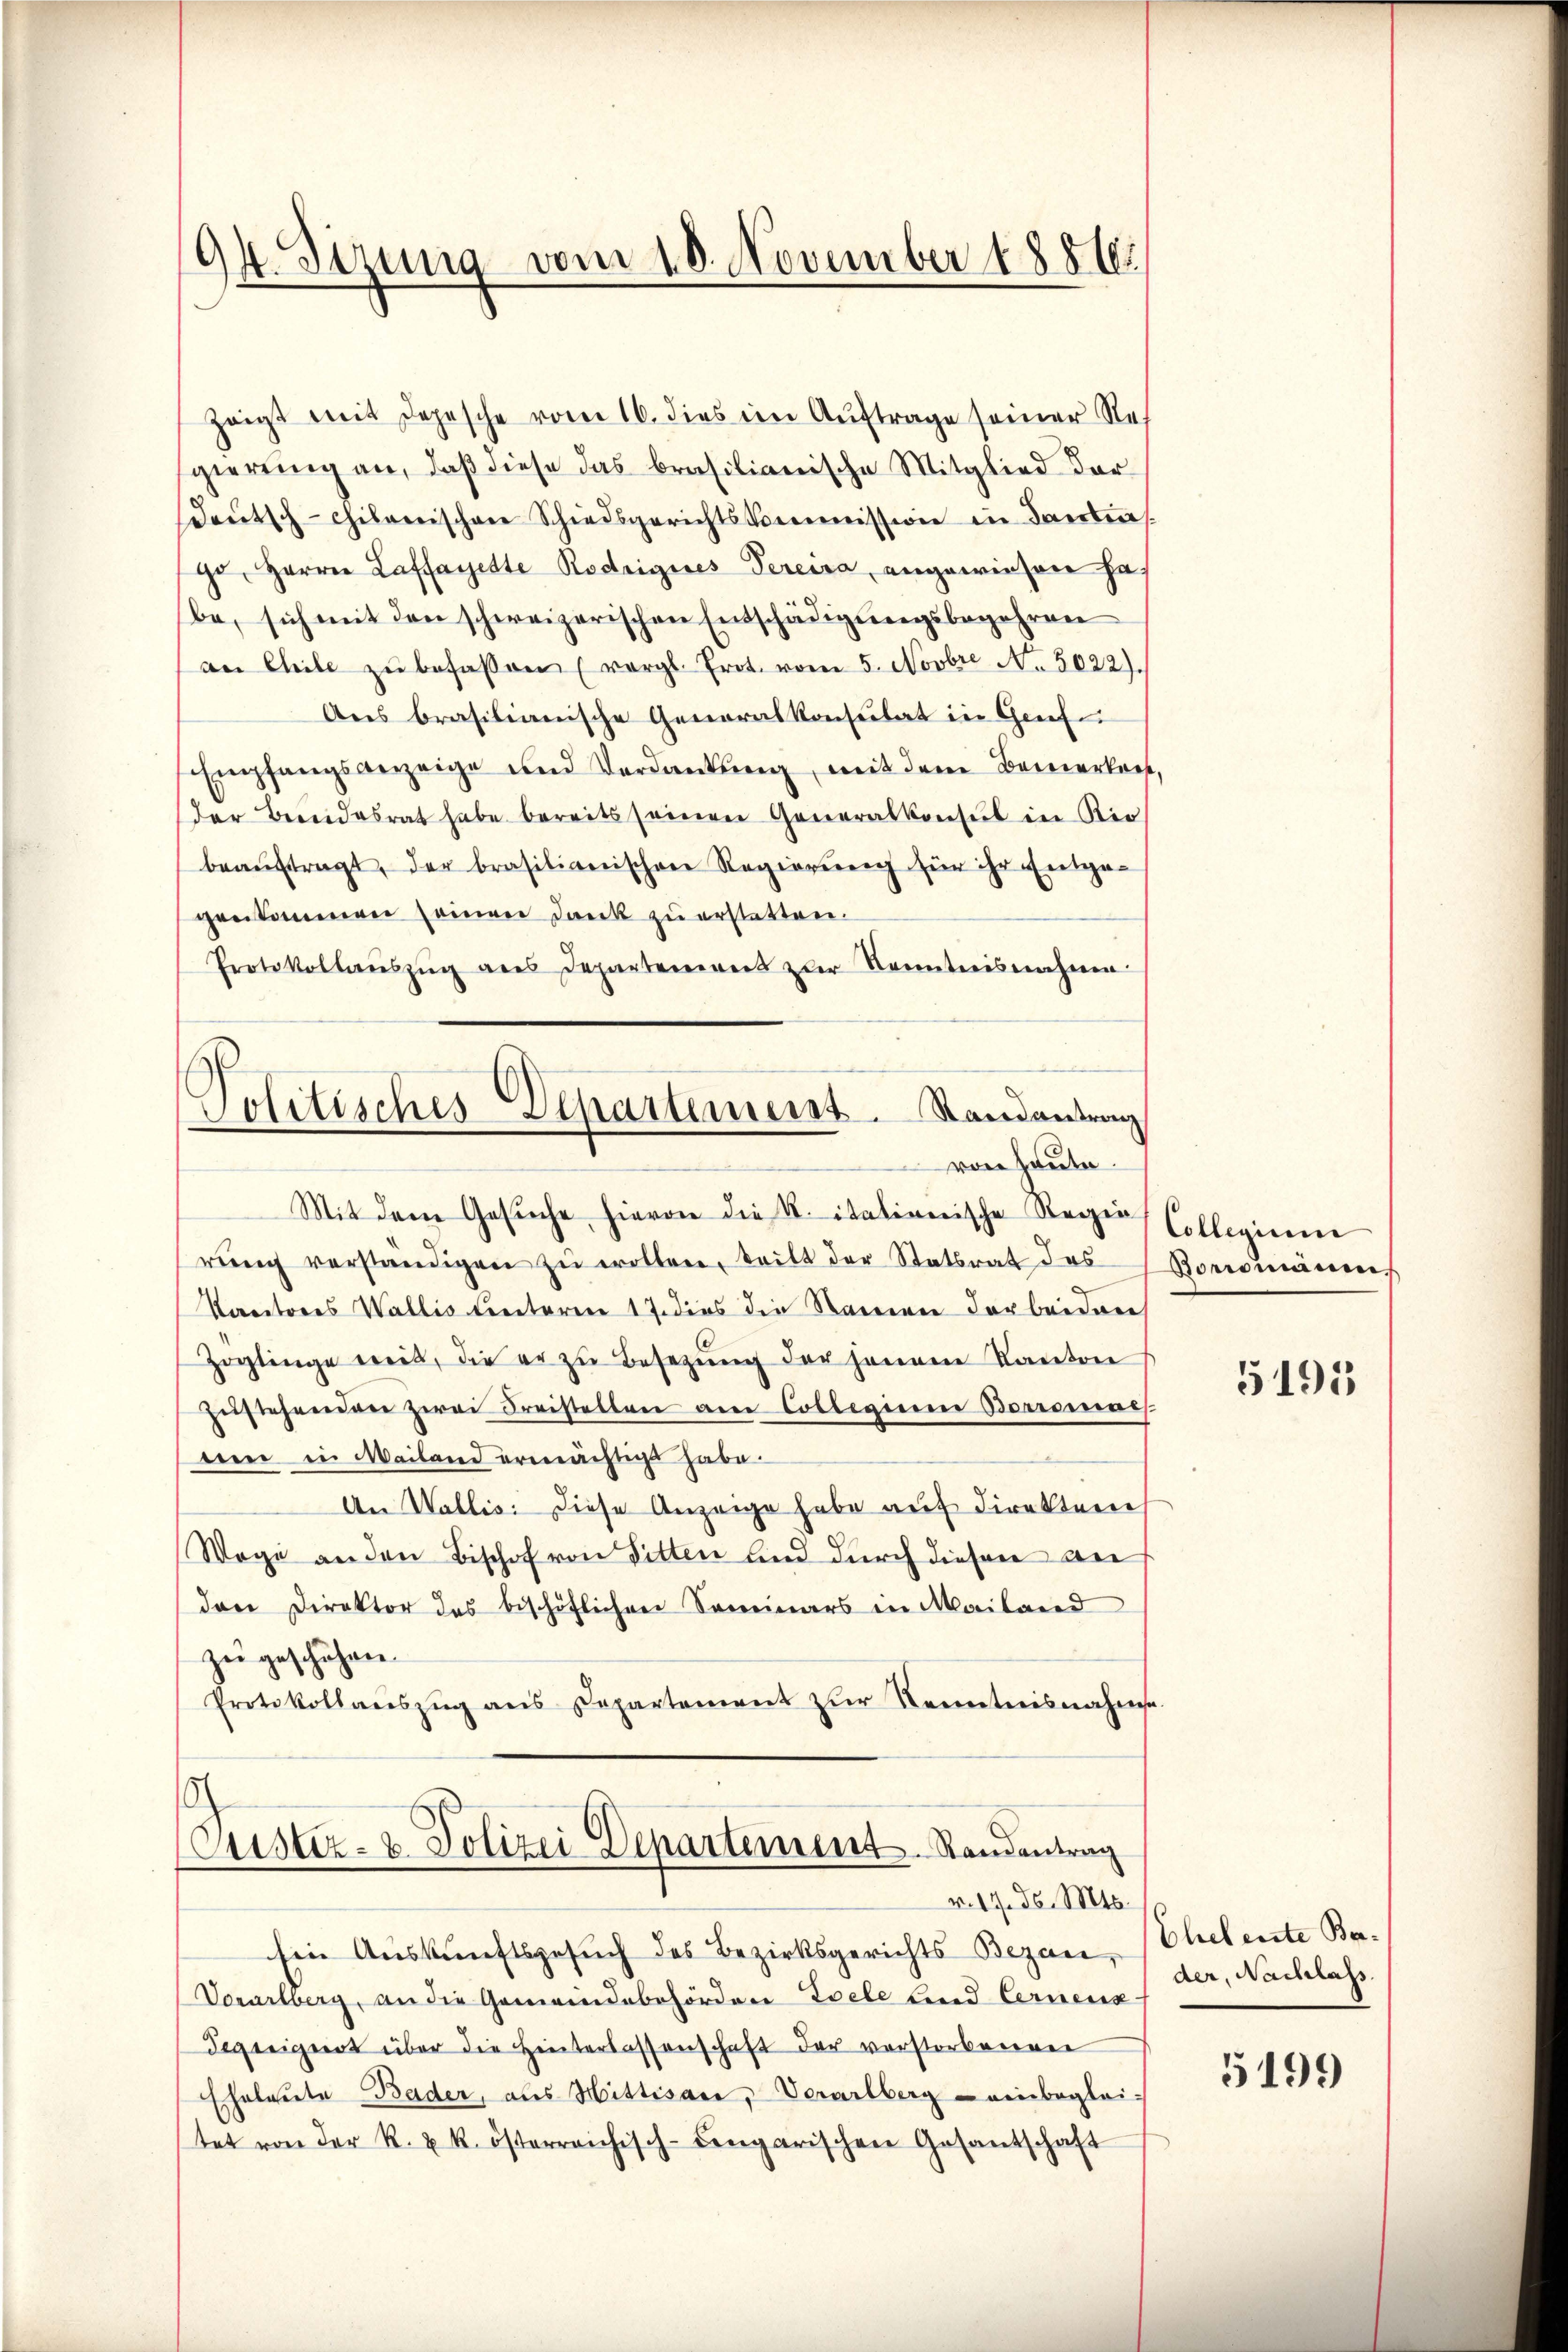
94. Sizung vom 18. November 1886.

zeigt mit Depesche vom 16. dies im Auftrage seiner Regierung an, daß diese das brasilianische Mitglied derdeŭtsch-chilverischen Schiedsgerichts Vermissione in Sanders.
go, Herren Laffayette Rodrigines Vereira, angewiesen ha
be, sich mit den schweizerischen Entschädigungsbegehren
an Chile zŭ befassen (vergl. Prot. vom 5. Novbre No. 5022).
Aus brasilianische Generalkonsulat in Genf
Empfangsanzeige und Verdankung, mit dem Bemerkeit,
der Bereidesrat habe bereits seinen Generalkonsul in Rio
beaŭftragt, der brasilianischen Regierung für ihr Entge-
genkommen seinen Dank zu erstatten.
Protokollaŭszŭg ans Departement zur Kenntnisnahme.
Politisches Departemenst. Randantrag
von Heute.
Mit dem Gesŭche hievon die K. italienische Regen Collegierun
rŭng verständigen zŭ wollen, tritt der Statsrat des Boromäne
Kactores Wallis unteren 17. dies die Standern darbeiden
Zöglinge weit, die er zŭ besetzŭng der jenem Kanton
zŭstehenden zwei Freistellen am Collegium Boromaes
een in Mailand ermächtigt habe.
An Wallis: diese Anzeige habe auf Direkterie
Wege an den Bischof von Sitten und durch diesen dies
den Direktor des beschöflichen Seminars in Mailand
zu geschähen.
Protokollaŭszŭg ans Departement zŭr Kenntnisnahme

ustiz- & Polizei Departement Randentrag
v. 17. d. Mts.

Ein Auskunftsgesuch des Bezirksgerichts Bezau,
Vorarlberg, an die Gemeindebehörden Zoele lind Cernenz
Tegeeignet über die Hinterlassenschaft der verstorbenen
Eheleute Bader, als Hittisare, Verarlberg - einbeglei-
tet von der R. u. k. österreichisch-dengarischen Gesantschaft

5195

Eheleute Beder, Nachlass.

5199